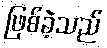
ဖြစ်ခဲ့သည်